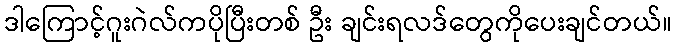
ဒါကြောင့်ဂူးဂဲလ်ကပိုပြီးတစ် ဦး ချင်းရလဒ်တွေကိုပေးချင်တယ်။